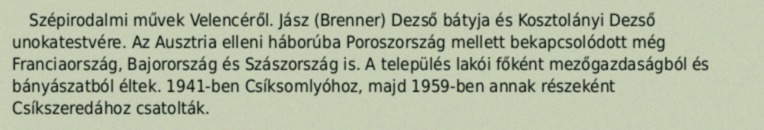
Szépirodalmi művek Velencéről. Jász (Brenner) Dezső bátyja és Kosztolányi Dezső unokatestvére. Az Ausztria elleni háborúba Poroszország mellett bekapcsolódott még Franciaország, Bajorország és Szászország is. A település lakói főként mezőgazdaságból és bányászatból éltek. 1941-ben Csíksomlyóhoz, majd 1959-ben annak részeként Csíkszeredához csatolták.